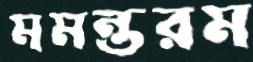
মমন্তরম